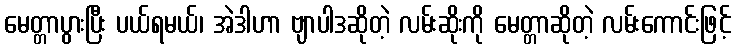
မေတ္တာပွားပြီး ပယ်ရမယ်၊ အဲဒါဟာ ဗျာပါဒဆိုတဲ့ လမ်းဆိုးကို မေတ္တာဆိုတဲ့ လမ်းကောင်းဖြင့်